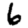
Digit: 6